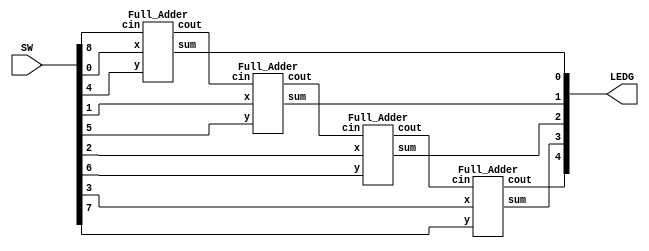
// This program was cloned from: https://github.com/matthewdelorenzo/CreativEval
// License: BSD 3-Clause "New" or "Revised" License

module top (SW, LEDG);

	input [8:0] SW;
	output [4:0] LEDG;
	wire [3:0]S;
	wire [4:0]C;
	assign C[0]=SW[8];
	Full_Adder F0(SW[0],SW[4],C[0],S[0],C[1]);
	Full_Adder F1(SW[1],SW[5],C[1],S[1],C[2]);
	Full_Adder F2(SW[2],SW[6],C[2],S[2],C[3]);
	Full_Adder F3(SW[3],SW[7],C[3],S[3],C[4]);
	assign LEDG[4:0]={C[4],S[3:0]};

endmodule

module Full_Adder (x,y,cin,sum,cout);//1 bit fulladder
input x,y,cin;
output sum,cout;
wire w1,w2,w3;
halfadder h0(x,y,w1,w2);
halfadder h1(w1,cin,sum,w3);
or (cout,w3,w2);
endmodule

module halfadder (x,y,s,c);
	input	x,y;
	output	s,c;
	xor x1 (s,x,y);
	and a1 (c,x,y);
endmodule